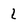
Character: 1